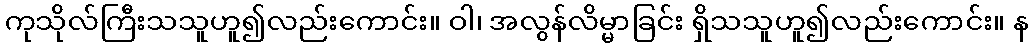
ကုသိုလ်ကြီးသသူဟူ၍လည်းကောင်း။ ဝါ၊ အလွန်လိမ္မာခြင်း ရှိသသူဟူ၍လည်းကောင်း။ န